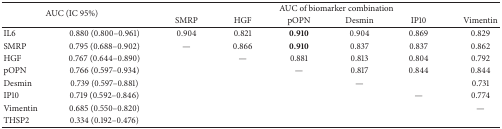
<table><thead><tr><td rowspan="2" colspan="2"><b>AUC (IC 95%)</b></td><td colspan="6"><b>AUC of biomarker combination</b></td></tr><tr><td><b>SMRP</b></td><td><b>HGF</b></td><td><b>pOPN</b></td><td><b>Desmin</b></td><td><b>IP10</b></td><td><b>Vimentin</b></td></tr></thead><tbody><tr><td>IL6</td><td>0.880 (0.800–0.961)</td><td>0.904</td><td>0.821</td><td><b>0.910</b></td><td>0.904</td><td>0.869</td><td>0.829</td></tr><tr><td>SMRP</td><td>0.795 (0.688–0.902)</td><td>—</td><td>0.866</td><td><b>0.910</b></td><td>0.837</td><td>0.837</td><td>0.862</td></tr><tr><td>HGF</td><td>0.767 (0.644–0.890)</td><td> </td><td>—</td><td>0.881</td><td>0.813</td><td>0.804</td><td>0.792</td></tr><tr><td>pOPN</td><td>0.766 (0.597–0.934)</td><td> </td><td> </td><td>—</td><td>0.817</td><td>0.844</td><td>0.844</td></tr><tr><td>Desmin</td><td>0.739 (0.597–0.881)</td><td> </td><td> </td><td> </td><td>—</td><td> </td><td>0.731</td></tr><tr><td>IP10</td><td>0.719 (0.592–0.846)</td><td> </td><td> </td><td> </td><td> </td><td>—</td><td>0.774</td></tr><tr><td>Vimentin</td><td>0.685 (0.550–0.820)</td><td> </td><td> </td><td> </td><td> </td><td> </td><td>—</td></tr><tr><td>THSP2</td><td>0.334 (0.192–0.476)</td><td> </td><td> </td><td> </td><td> </td><td> </td><td> </td></tr></tbody></table>